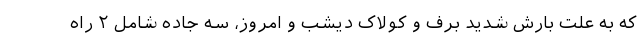
که به علت بارش شدید برف و کولاک دیشب و امروز، سه جاده شامل ۲ راه